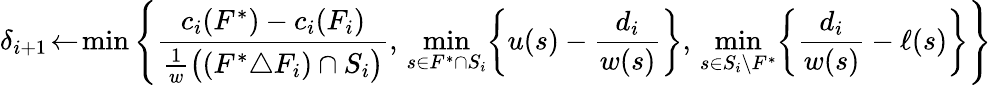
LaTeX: {\delta_{i+1}\! \gets\! \operatorname*{min}\left\{ \displaystyle\frac{c_{i}(F^{*})-c_{i}(F_{i})}{\textstyle\frac{1}{w}\big((F^{*}\triangle F_{i})\cap S_{i}\big)},\, \operatorname*{min}_{s\in F^{*}\cap S_{i}}\! \left\{ u(s)-\frac{d_{i}}{w(s)}\right\} ,\, \operatorname*{min}_{s\in S_{i}\setminus F^{*}}\! \left\{ \frac{d_{i}}{w(s)}-\ell(s)\right\} \right\} }